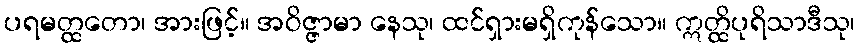
ပရမတ္ထတော၊ အားဖြင့်။ အဝိဇ္ဇာမာ နေသု၊ ထင်ရှားမရှိကုန်သော။ ဣတ္ထိပုရိသာဒီသု၊